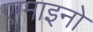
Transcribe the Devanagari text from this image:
एग्माइनो